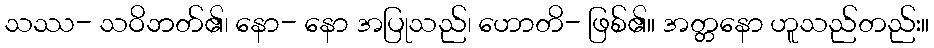
သဿ- သဝိဘတ်၏၊ နော- နော အပြုသည်၊ ဟောတိ- ဖြစ်၏။ အတ္တနော ဟူသည်တည်း။